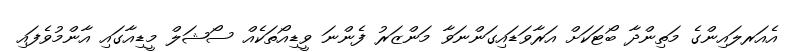
އެއަރލައިންގެ މަތިންދާ ބޯޓަކަށް އަރާވަޑައިގަންނަވާ މަންޒަރު ފެންނަ ވީޑިއޯތަކެއް ސޯޝަލް މީޑިއާގައި އާންމުވެފައި